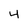
Character: 4